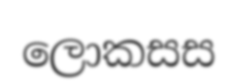
ලොකසස